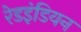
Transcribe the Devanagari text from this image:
रेडइंडियन